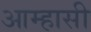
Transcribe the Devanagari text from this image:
आम्हासी